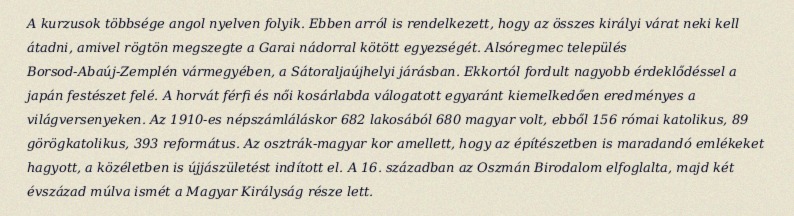
A kurzusok többsége angol nyelven folyik. Ebben arról is rendelkezett, hogy az összes királyi várat neki kell átadni, amivel rögtön megszegte a Garai nádorral kötött egyezségét. Alsóregmec település Borsod-Abaúj-Zemplén vármegyében, a Sátoraljaújhelyi járásban. Ekkortól fordult nagyobb érdeklődéssel a japán festészet felé. A horvát férfi és női kosárlabda válogatott egyaránt kiemelkedően eredményes a világversenyeken. Az 1910-es népszámláláskor 682 lakosából 680 magyar volt, ebből 156 római katolikus, 89 görögkatolikus, 393 református. Az osztrák-magyar kor amellett, hogy az építészetben is maradandó emlékeket hagyott, a közéletben is újjászületést indított el. A 16. században az Oszmán Birodalom elfoglalta, majd két évszázad múlva ismét a Magyar Királyság része lett.